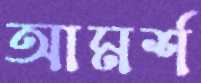
আমর্শ